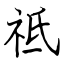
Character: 祗